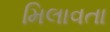
મિલાવતા